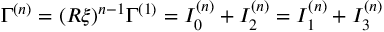
\Gamma ^ { ( n ) } = ( R \xi ) ^ { n - 1 } \Gamma ^ { ( 1 ) } = I _ { 0 } ^ { ( n ) } + I _ { 2 } ^ { ( n ) } = I _ { 1 } ^ { ( n ) } + I _ { 3 } ^ { ( n ) }